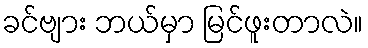
ခင်ဗျား ဘယ်မှာ မြင်ဖူးတာလဲ။